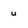
Character: u